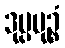
ဒုပ္ပမုဉ္စံ